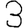
Digit: 3